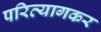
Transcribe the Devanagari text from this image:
परित्यागकर